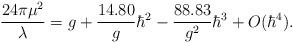
LaTeX: \begin{align*}{24\pi \mu^{2} \over \lambda}=g+{14.80 \over g}\hbar^{2}-{88.83 \over g^{2}}\hbar^{3}+O(\hbar^{4}).\end{align*}